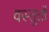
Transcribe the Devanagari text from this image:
वस्तुतों